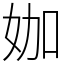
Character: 㚳